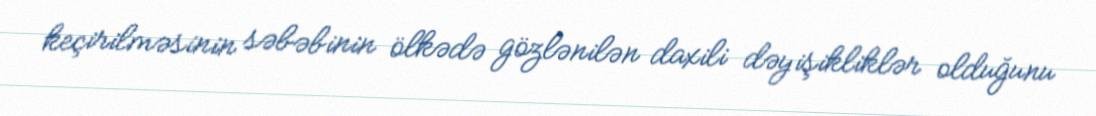
keçirilməsinin səbəbinin ölkədə gözlənilən daxili dəyişikliklər olduğunu